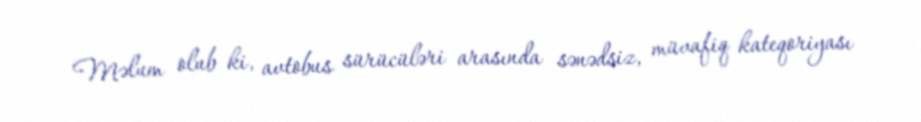
Məlum olub ki, avtobus sürücüləri arasında sənədsiz, müvafiq kateqoriyası